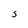
Character: S